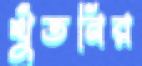
থুঁতনির